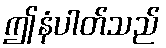
ဤနံပါတ်သည်